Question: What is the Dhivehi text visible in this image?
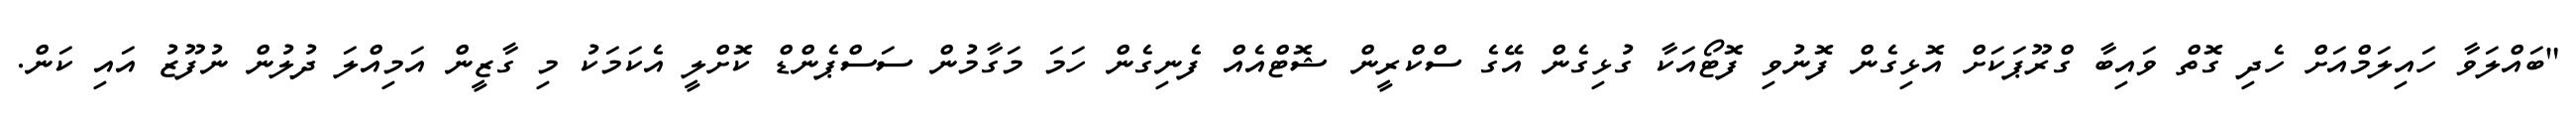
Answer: "ބައްލަވާ ހައިލަމްއަށް ހެދި ގޮތް ވައިބާ ގްރޫޕަކަށް އޮޅިގެން ފޮނުވި ފޮޓޯއަކާ ގުޅިގެން އޭގެ ސްކްރީން ޝޮޓްއެއް ފެނިގެން ހަމަ މަގާމުން ސަސްޕެންޑް ކޮށްލީ އެކަމަކު މި ގާޒީން އަމިއްލަ ދުލުން ނުފޫޒު އައި ކަން.